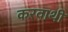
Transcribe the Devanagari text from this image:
करवाथी